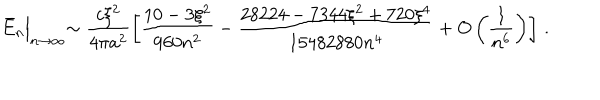
LaTeX: \bar { E } _ { n } \Bigl | _ { n \to \infty } \sim \frac { c \xi ^ { 2 } } { 4 \pi a ^ { 2 } } \left[ \frac { 1 0 - 3 \xi ^ { 2 } } { 9 6 0 n ^ { 2 } } - \frac { 2 8 2 2 4 - 7 3 4 4 \xi ^ { 2 } + 7 2 0 \xi ^ { 4 } } { 1 5 4 8 2 8 8 0 n ^ { 4 } } + O \left( \frac { 1 } { n ^ { 6 } } \right) \right] \, { . }